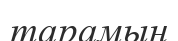
тарамын